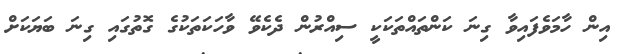
އިން ހާމަވެފައިވާ ގިނަ ކަންތައްތަކަކީ ސިއްރުން ދެކެވޭ ވާހަކަތަކުގެ ގޮތުގައި ގިނަ ބަޔަކަށް